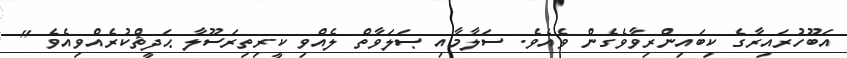
އަބޫހުރައިރާގެ ކިބައިންރިވާވެގެން ވެއެވެ. ސަލާމާއި ޞަލަވާތް ލެއްވި ކީރިތިރަސޫލާ ޙަދީޘްކުރެއްވިއެވެ ''